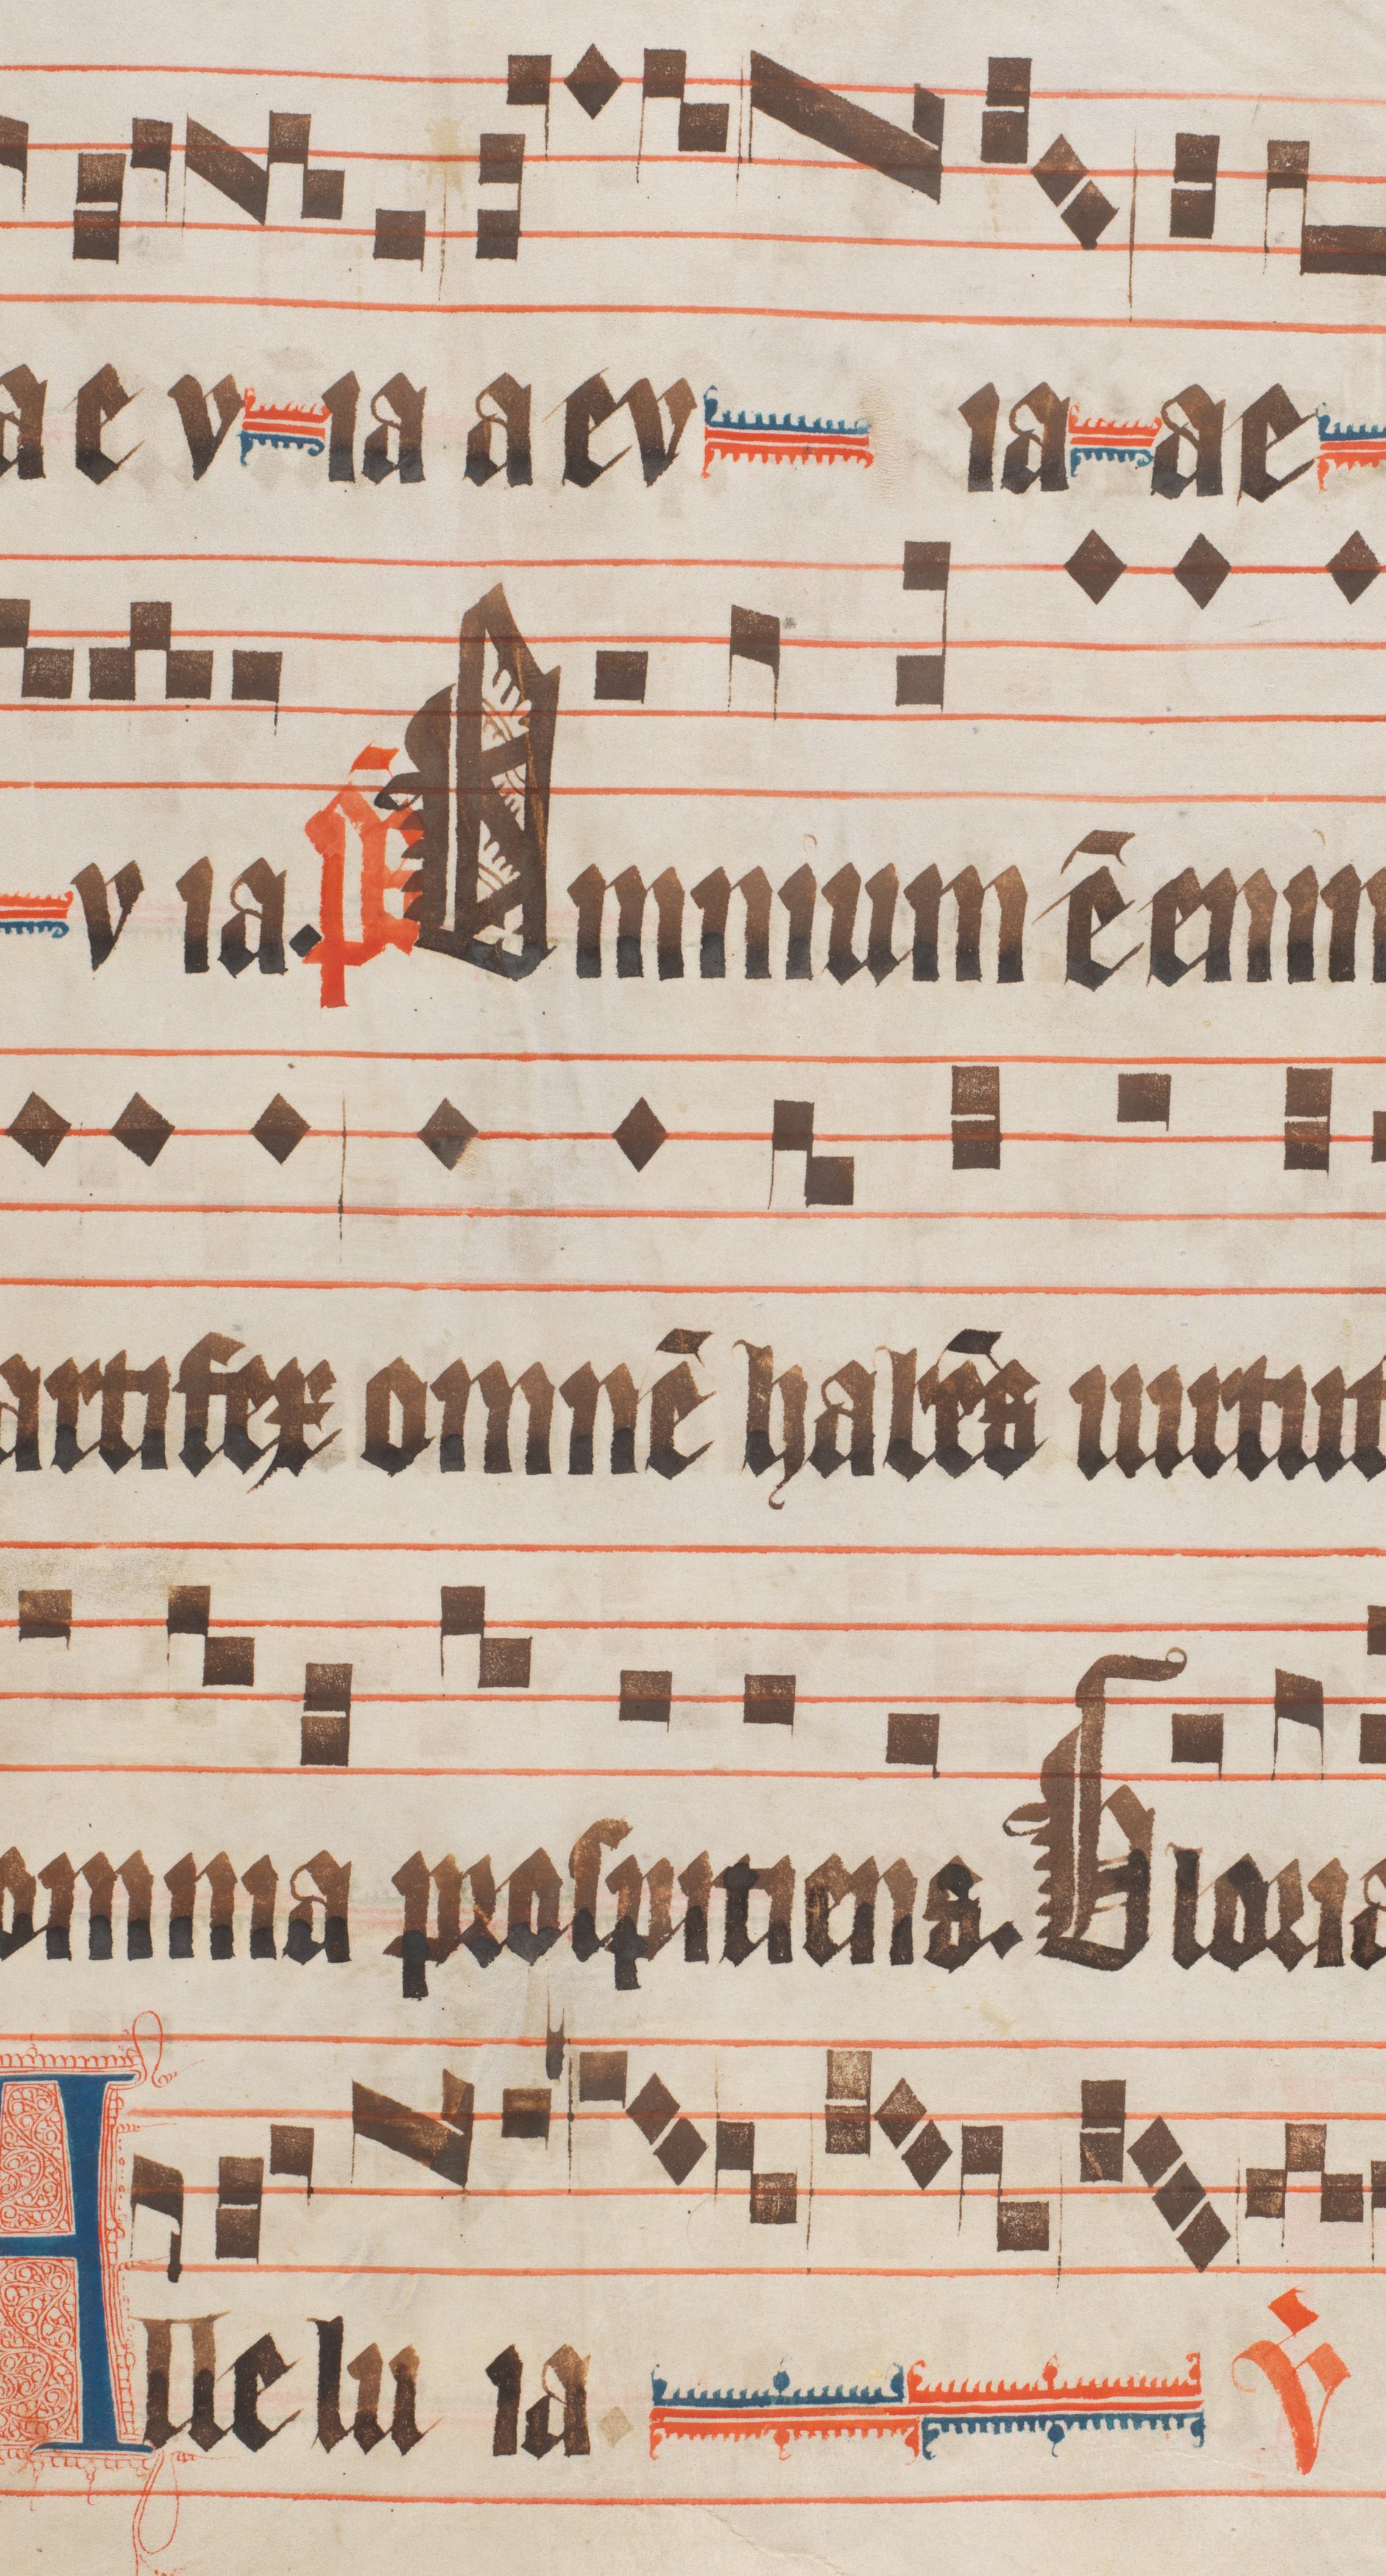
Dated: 1330–1335